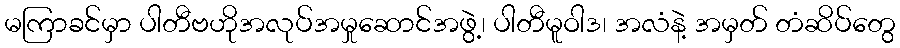
မကြာခင်မှာ ပါတီဗဟိုအလုပ်အမှုဆောင်အဖွဲ့၊ ပါတီမူဝါဒ၊ အလံနဲ့ အမှတ် တံဆိပ်တွေ